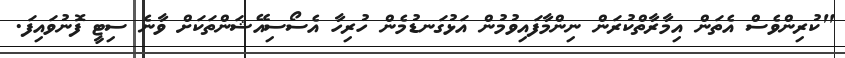
"ކުރިންވެސް އެތަން އިމާރާތްކުރަން ނިންމާފައިވުމުން އަޅުގަނޑުމެން ހުރިހާ އެސޯސިއޭޝަންތަކަށް ވާނެ ސިޓީ ފޮނުވައިފަ.